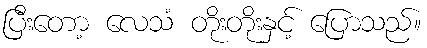
ပြီးတော့ လေသံ တိုးတိုးနှင့် ပြောသည်။